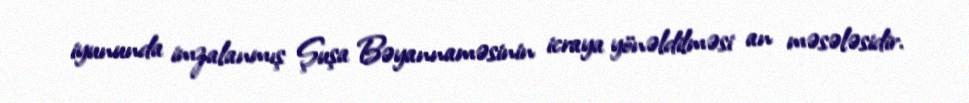
iyununda imzalanmış Şuşa Bəyannaməsinin icraya yönəldilməsi an məsələsidir.